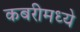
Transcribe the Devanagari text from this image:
कबरीमध्ये